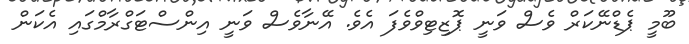
ބޫމީ ޕެޑްނޭކަރް ވެސް ވަނީ ޕޮޒިޓިވްވެފަ އެވެ. އޭނާވެސް ވަނީ އިންސްޓަގްރާމްގައި އެކަން